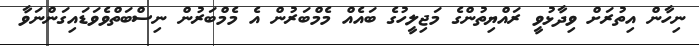
ނިހާން އިތުރަށް ވިދާޅުވީ ރައްޔިތުންގެ މަޖިލީހުގެ ބައެއް މެމްބަރުން އެ މެމްބަރުން ނިސްބަތްވެވަޑައިގަންނަވާ